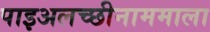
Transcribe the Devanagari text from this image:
पाइअलच्छीनाममाला